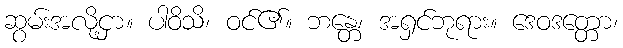
ဆွမ်းအလို့ငှာ။ ပါဝိသိ၊ ဝင်၏။ ဘန္တေ၊ အရှင်ဘုရား။ ဒေဝဒတ္တော၊